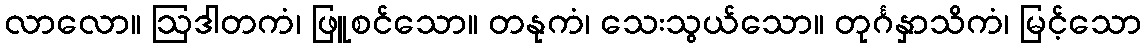
လာလော။ ဩဒါတကံ၊ ဖြူစင်သော။ တနုကံ၊ သေးသွယ်သော။ တုင်္ဂနှာသိကံ၊ မြင့်သော